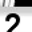
Digit: 2